Civil Veterinary Dept. Bombay admin report 1923-31 - 1923-1931
Year: 1923
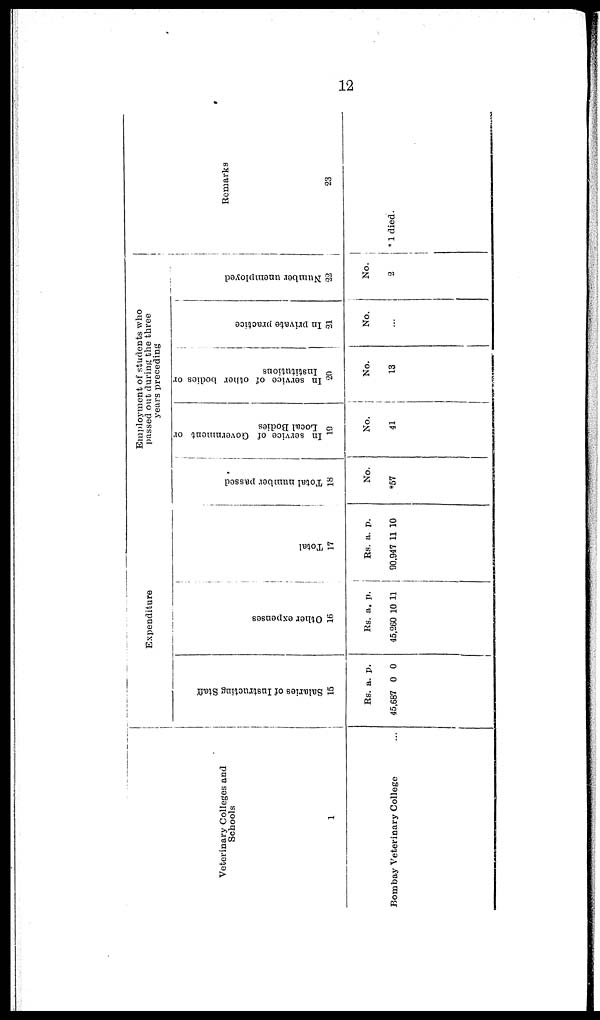
12
Veterinary Colleges and
Schools
1
Bombay Veterinary College
Expenditure.
Sal ar i
es of I ns t
r uct i
ng St af f
15
Rs.
45,687
a.
0
p.
0
Ot her e xpe ns e s
16
Rs.
45,260
a.
10
p.
11
Tot al
17
Rs.
90,947
a.
11
p.
10
Employment of students who
passed out during the three
years preceding
Total number passed
18
No.
*57
In service of Government or
Local Bodies
19
No.
41
In service of other bodies or
Institutions
20
No.
13
In private practice
21
No.
...
Number unemployed
22
No.
2
Remarks
23
*1 died.